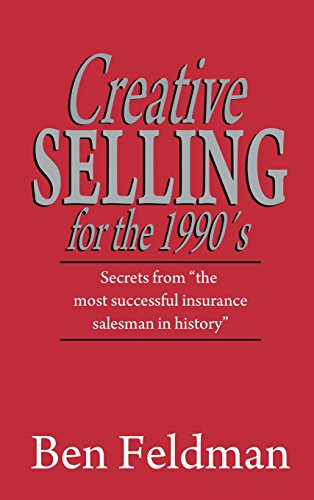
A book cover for Creative Selling for the 1990's; Ben Feldman; Business & Money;